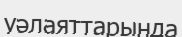
уәлаяттарында